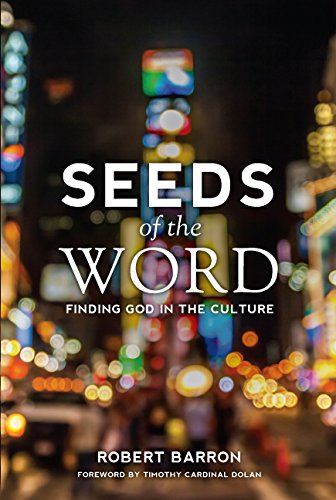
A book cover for Seeds of the Word: Finding God in the Culture; Bishop Robert Barron; Christian Books & Bibles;